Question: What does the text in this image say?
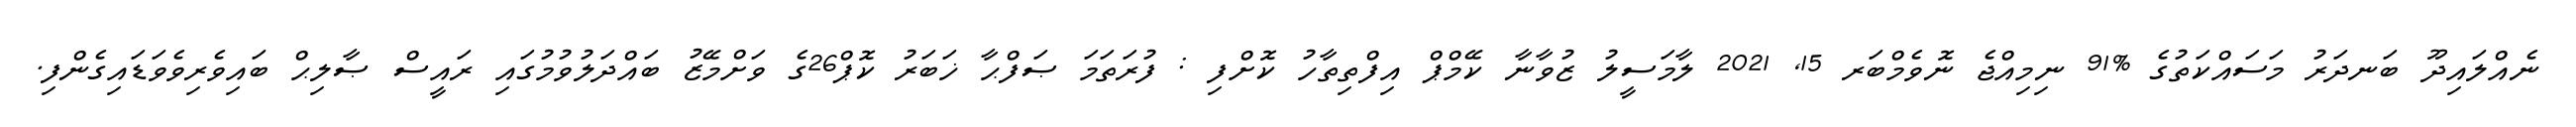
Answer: ނެއްލައިދޫ ބަނދަރު މަސައްކަތުގެ %91 ނިމިއްޖެ ނޮވެމްބަރ 15, 2021 ލާމަސީލު ޒުވާނާ ކޭމްޕް އިފްތިތާހު ކޮށްފި : ފުރަތަމަ ޞަފްޙާ ޚަބަރު ކޮޕް26ގެ ވަށްމޭޒު ބައްދަލުވުމުގައި ރައީސް ޞާލިޙް ބައިވެރިވެވަޑައިގެންފި.